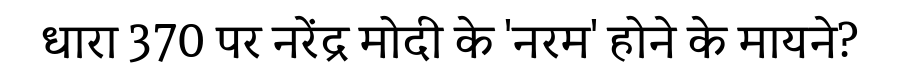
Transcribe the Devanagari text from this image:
धारा 370 पर नरेंद्र मोदी के 'नरम' होने के मायने?